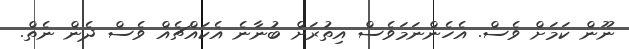
ނޫން ކަމަށް ވެސް. އެހެންނަމަވެސް އިތުރަށް ބުނާނެ އެކައްޗެއް ވެސް ދެން ނެތް.